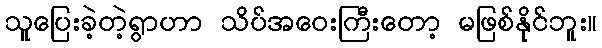
သူပြေးခဲ့တဲ့ရွာဟာ သိပ်အဝေးကြီးတော့ မဖြစ်နိုင်ဘူး။